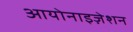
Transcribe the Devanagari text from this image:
आयोनाइज़ेशन